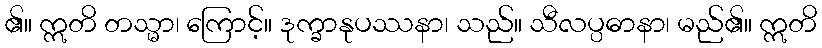
၏။ ဣတိ တသ္မာ၊ ကြောင့်။ ဒုက္ခာနုပဿနာ၊ သည်။ သီလပ္ပဓာနာ၊ မည်၏။ ဣတိ